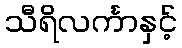
သီရိလင်္ကာနှင့်